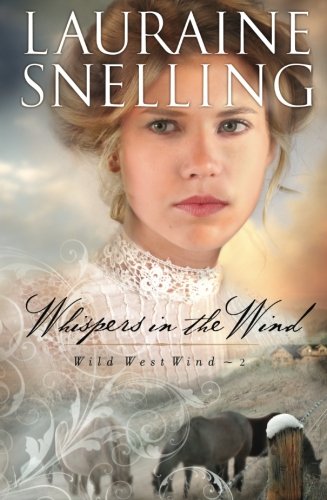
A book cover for Whispers in the Wind (Wild West Wind) (Volume 2); Lauraine Snelling; Romance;